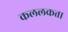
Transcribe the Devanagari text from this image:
कललकत्ता